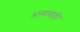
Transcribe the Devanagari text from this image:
अन्‍नासाठी